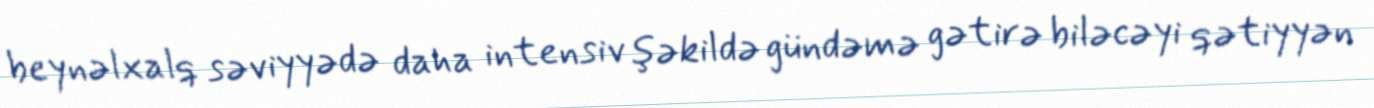
beynəlxalq səviyyədə daha intensiv şəkildə gündəmə gətirə biləcəyi qətiyyən